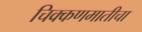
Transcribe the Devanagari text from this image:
चिक्कणमातीचा